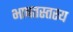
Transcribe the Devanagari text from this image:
भाषतस्तस्य